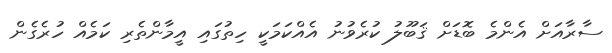
ސާރާއަށް އެންމެ ބޮޑަށް ޤަބޫލު ކުރެވުނު އެއްކަމަކީ ހިތުގައި އީމާންތެރި ކަމެއް ހުރެގެން